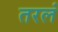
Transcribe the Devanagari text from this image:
तरलं